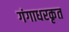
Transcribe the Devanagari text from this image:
गंगाधरकृत